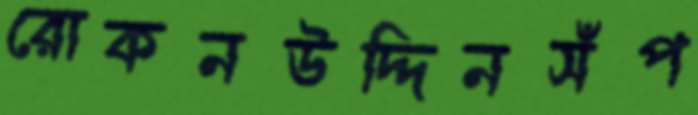
রোকনউদ্দিনসঁপ